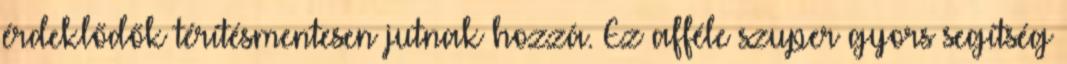
érdeklődők térítésmentesen jutnak hozzá. Ez afféle szuper gyors segítség